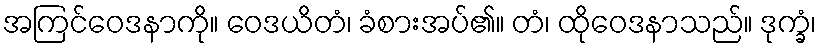
အကြင်ဝေဒနာကို။ ဝေဒယိတံ၊ ခံစားအပ်၏။ တံ၊ ထိုဝေဒနာသည်။ ဒုက္ခံ၊